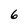
Character: 6